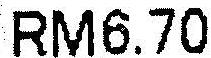
RM6.70